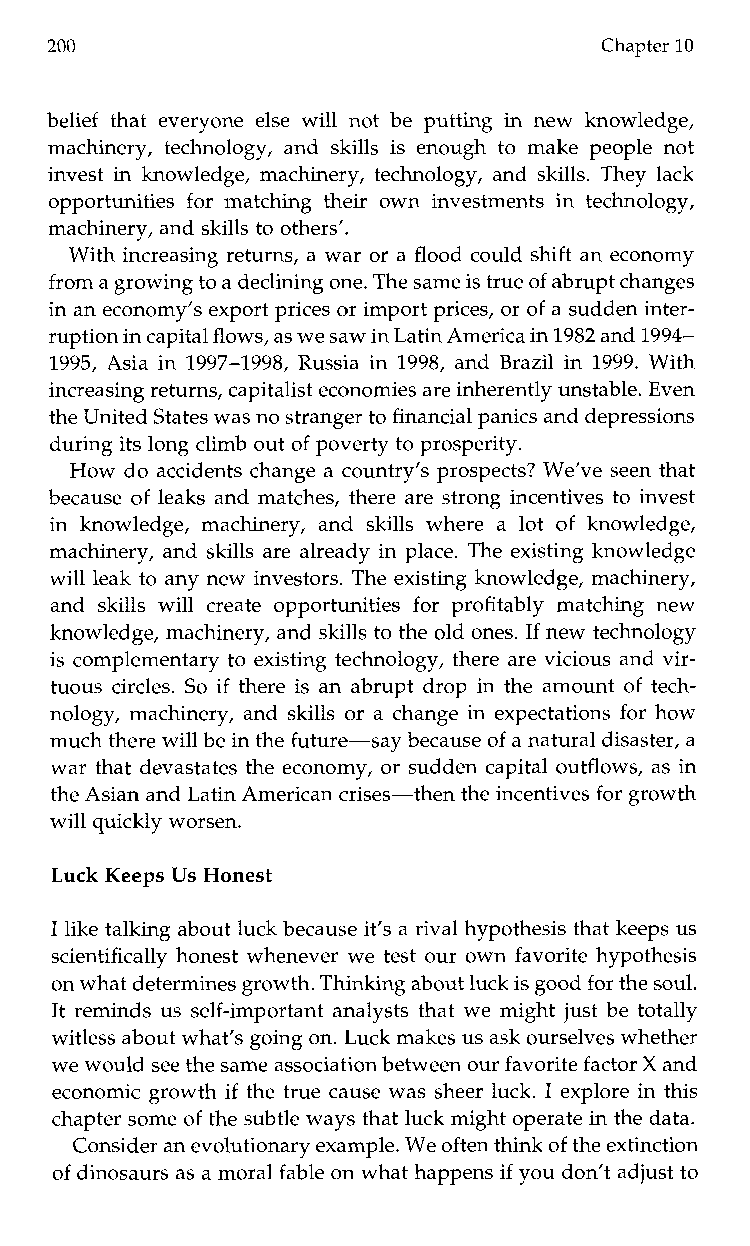
200                                  Chapter 10
 belief that everyone else will not be putting in new knowledge,
 machinery, technology, and skills ise nought om akep eoplen ot
 invest in knowledge, machinery, technology, and skills. They lack
 opportunities for matching their own investmentsi n technology,
 machinery, and skills to others’.
 With increasing returns, a war or a flood could shift an economy
 from a growing to d ae clining one. The same is trueof abrupt changes
 in an economy’s export prices or import prices, or of a sudden inter-
 ruption in capitafllo ws, as we saw L iant in America in 1982 and 1994-
 1995, Asia in 1997-1998, Russia in 1998, and Brazil in 1999. With
 increasing returns, capitalist economies are inherently unstable.E ven
 the United States was no stranger tofi nancial panics and depressions
 during its long climb out of poverty to prosperity.
 How do accidents change a country‘s prospects? We’ve seen that
 because of leaks and matches, there are strong incentives to invest
 ink nowledge, machinery, and skills wherea l ot of knowledge,
 machinery, and skills are already in place. The existing knowledge
 will leak to any new investors. The existing knowledge, machinery,
 and skills will create opportunities for profitablym atchingn ew
 knowledge, machinery, and skills to the old ones. If new technology
 is complementary to existing technology, there are vicious and vir-
 tuous circles. So if there is an abrupt drop in the amount of tech-
 nology, machinery, and skills or a change in expectations for how
 much there will be in thef uture-say because of a natural disaster, a
 war that devastates the economy, or sudden capital outflows, as in
 the Asian and Latin American crises-then the incentives for growth
 will quickly worsen.
 Luck Keeps Us Honest
 I like talking about luck because it’s a rival hypothesis that keeps us
 scientifically honest whenever we test our own favorite hypothesis
 on whatd etermines growth. Thinking about luicsk g ood for the soul.
 It reminds us self-important analysts that we might just be totally
 witless about what’s going on. Luck makes us ask ourselves whether
 we woulds ee the samea ssociation between our favoritefa ctor X and
 economic growth if the true cause was sheer luck. I explore in this
 chapter some of the subtle ways that luck might operate in the data.
 Consider an evolutionary example. We often thinko f the extinction
 of dinosaurs as a morafl able on what happensif you don’t adjust to